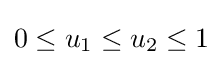
0\leq u_{1}\leq u_{2}\leq 1